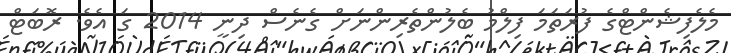
މެލެފިޝެންޓްގެ ފުރަތަމަ ފިލްމު ބެލުންތެރިންނަށް ގެނެސް ދިނީ 2014 ގަ އެވެ. ރޮބަޓް